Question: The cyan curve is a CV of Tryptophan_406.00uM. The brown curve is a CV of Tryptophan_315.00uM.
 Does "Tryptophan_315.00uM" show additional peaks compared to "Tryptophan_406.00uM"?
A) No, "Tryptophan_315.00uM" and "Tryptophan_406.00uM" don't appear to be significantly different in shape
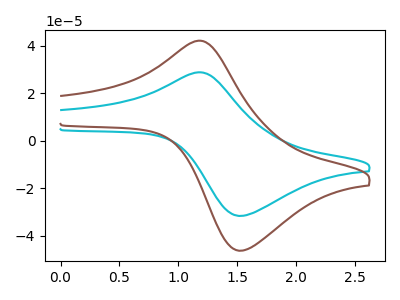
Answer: <think>The cyan curve "Tryptophan_406.00uM" has an anodic peak at (1.15V, 28.75uA) and a cathodic peak at (1.55V, -31.65uA). The brown curve "Tryptophan_315.00uM" has an anodic peak at (1.15V, 42.05uA) and a cathodic peak at (1.55V, -46.30uA).
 All the peaks in "Tryptophan_315.00uM" have a peak in "Tryptophan_406.00uM" at the same potential. Every peak in "Tryptophan_315.00uM" is higher than every peak in "Tryptophan_406.00uM".</think>
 <answer>A) No, "Tryptophan_315.00uM" and "Tryptophan_406.00uM" don't appear to be significantly different in shape</answer>
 <eval>A</eval>